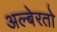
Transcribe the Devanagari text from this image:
अल्बेरतो